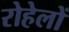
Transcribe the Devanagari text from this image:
रोहेलों